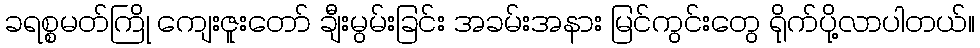
ခရစ္စမတ်ကြို ကျေးဇူးတော် ချီးမွမ်းခြင်း အခမ်းအနား မြင်ကွင်းတွေ ရိုက်ပို့လာပါတယ်။